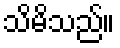
သိမိသည်။